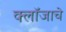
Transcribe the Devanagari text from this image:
क्लॉजाचे